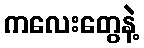
ကလေးတွေနဲ့